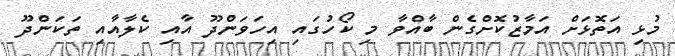
މުޅި އަތޮޅަށް އަމާޒުކޮށްގެން ބާއްވާ މި ކޯހުގައި އިހަވަންދޫ އާއި ކެލާއާއި ތަކަންދޫ